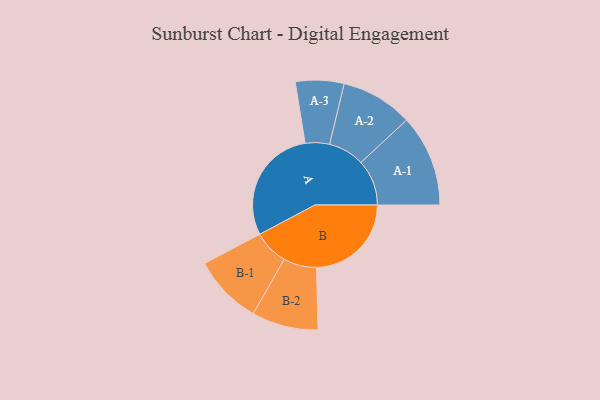
{"axis": {"x": "Segment", "y": "Value"}, "legend": ["", "A", "B"], "data": [{"x": "A", "y": 485, "type": ""}, {"x": "B", "y": 395, "type": ""}, {"x": "A-1", "y": 191, "type": "A"}, {"x": "A-2", "y": 150, "type": "A"}, {"x": "A-3", "y": 101, "type": "A"}, {"x": "B-1", "y": 145, "type": "B"}, {"x": "B-2", "y": 138, "type": "B"}]}